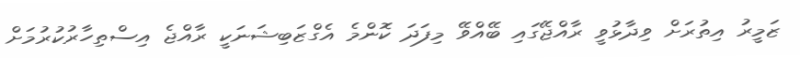
ޒަމީރު އިތުރަށް ވިދާޅުވީ ރާއްޖޭގައި ބޭއްވޭ މިފަދަ ކޮންމެ އެގްޒަބިޝަނަކީ ރާއްޖެ އިސްތިހާރުކުރުމަށް